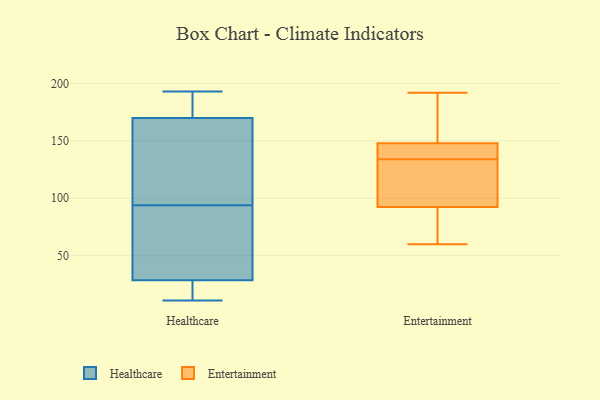
{"axis": {"x": "Conversion Rate (%)", "y": "Value"}, "legend": ["Entertainment", "Healthcare"], "data": [{"x": "", "y": 11, "type": "Healthcare"}, {"x": "", "y": 18, "type": "Healthcare"}, {"x": "", "y": 141, "type": "Healthcare"}, {"x": "", "y": 22, "type": "Healthcare"}, {"x": "", "y": 42, "type": "Healthcare"}, {"x": "", "y": 86, "type": "Healthcare"}, {"x": "", "y": 179, "type": "Healthcare"}, {"x": "", "y": 27, "type": "Healthcare"}, {"x": "", "y": 167, "type": "Healthcare"}, {"x": "", "y": 29, "type": "Healthcare"}, {"x": "", "y": 179, "type": "Healthcare"}, {"x": "", "y": 163, "type": "Healthcare"}, {"x": "", "y": 193, "type": "Healthcare"}, {"x": "", "y": 38, "type": "Healthcare"}, {"x": "", "y": 94, "type": "Healthcare"}, {"x": "", "y": 146, "type": "Healthcare"}, {"x": "", "y": 192, "type": "Healthcare"}, {"x": "", "y": 137, "type": "Entertainment"}, {"x": "", "y": 97, "type": "Entertainment"}, {"x": "", "y": 151, "type": "Entertainment"}, {"x": "", "y": 83, "type": "Entertainment"}, {"x": "", "y": 91, "type": "Entertainment"}, {"x": "", "y": 60, "type": "Entertainment"}, {"x": "", "y": 192, "type": "Entertainment"}, {"x": "", "y": 118, "type": "Entertainment"}, {"x": "", "y": 163, "type": "Entertainment"}, {"x": "", "y": 134, "type": "Entertainment"}, {"x": "", "y": 139, "type": "Entertainment"}]}